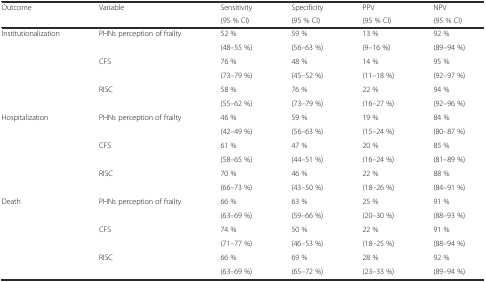
| <ROWSPAN=2> Outcome | <ROWSPAN=2> Variable | Sensitivity | Specificity | PPV | NPV |
 | (95 % CI) | (95 % CI) | (95 % CI) | (95 % CI) |
 | --- | --- | --- | --- | --- | --- |
 | <ROWSPAN=6> Institutionalization | <ROWSPAN=2> PHNs perception of frailty | 52 % | 59 % | 13 % | 92 % |
 | (48–55 %) | (56–63 %) | (9–16 %) | (89–94 %) |
 | <ROWSPAN=2> CFS | 76 % | 48 % | 14 % | 95 % |
 | (73–79 %) | (45–52 %) | (11–18 %) | (92–97 %) |
 | <ROWSPAN=2> RISC | 58 % | 76 % | 22 % | 94 % |
 | (55–62 %) | (73–79 %) | (16–27 %) | (92–96 %) |
 | <ROWSPAN=6> Hospitalization | <ROWSPAN=2> PHNs perception of frailty | 46 % | 59 % | 19 % | 84 % |
 | (42–49 %) | (56–63 %) | (15–24 %) | (80–87 %) |
 | <ROWSPAN=2> CFS | 61 % | 47 % | 20 % | 85 % |
 | (58–65 %) | (44–51 %) | (16–24 %) | (81–89 %) |
 | <ROWSPAN=2> RISC | 70 % | 46 % | 22 % | 88 % |
 | (66–73 %) | (43–50 %) | (18–26 %) | (84–91 %) |
 | <ROWSPAN=6> Death | <ROWSPAN=2> PHNs perception of frailty | 66 % | 63 % | 25 % | 91 % |
 | (63–69 %) | (59–66 %) | (20–30 %) | (88–93 %) |
 | <ROWSPAN=2> CFS | 74 % | 50 % | 22 % | 91 % |
 | (71–77 %) | (46–53 %) | (18–25 %) | (88–94 %) |
 | <ROWSPAN=2> RISC | 66 % | 69 % | 28 % | 92 % |
 | (63–69 %) | (65–72 %) | (23–33 %) | (89–94 %) |